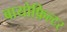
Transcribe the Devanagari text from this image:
बायोफ़िल्टर